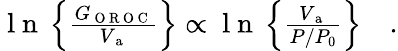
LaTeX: \begin{array}{r}{\mathrm{~l~n~}\left\{ \frac{G_{\mathrm{~O~R~O~C~}}}{V_{\mathrm{~a~}}}\right\} \propto\mathrm{~l~n~}\left\{ \frac{V_{\mathrm{~a~}}}{P/P_{0}}\right\} \quad.}\end{array}